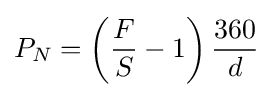
P_{N}=\left({\frac {F}{S}}-1\right){\frac {360}{d}}